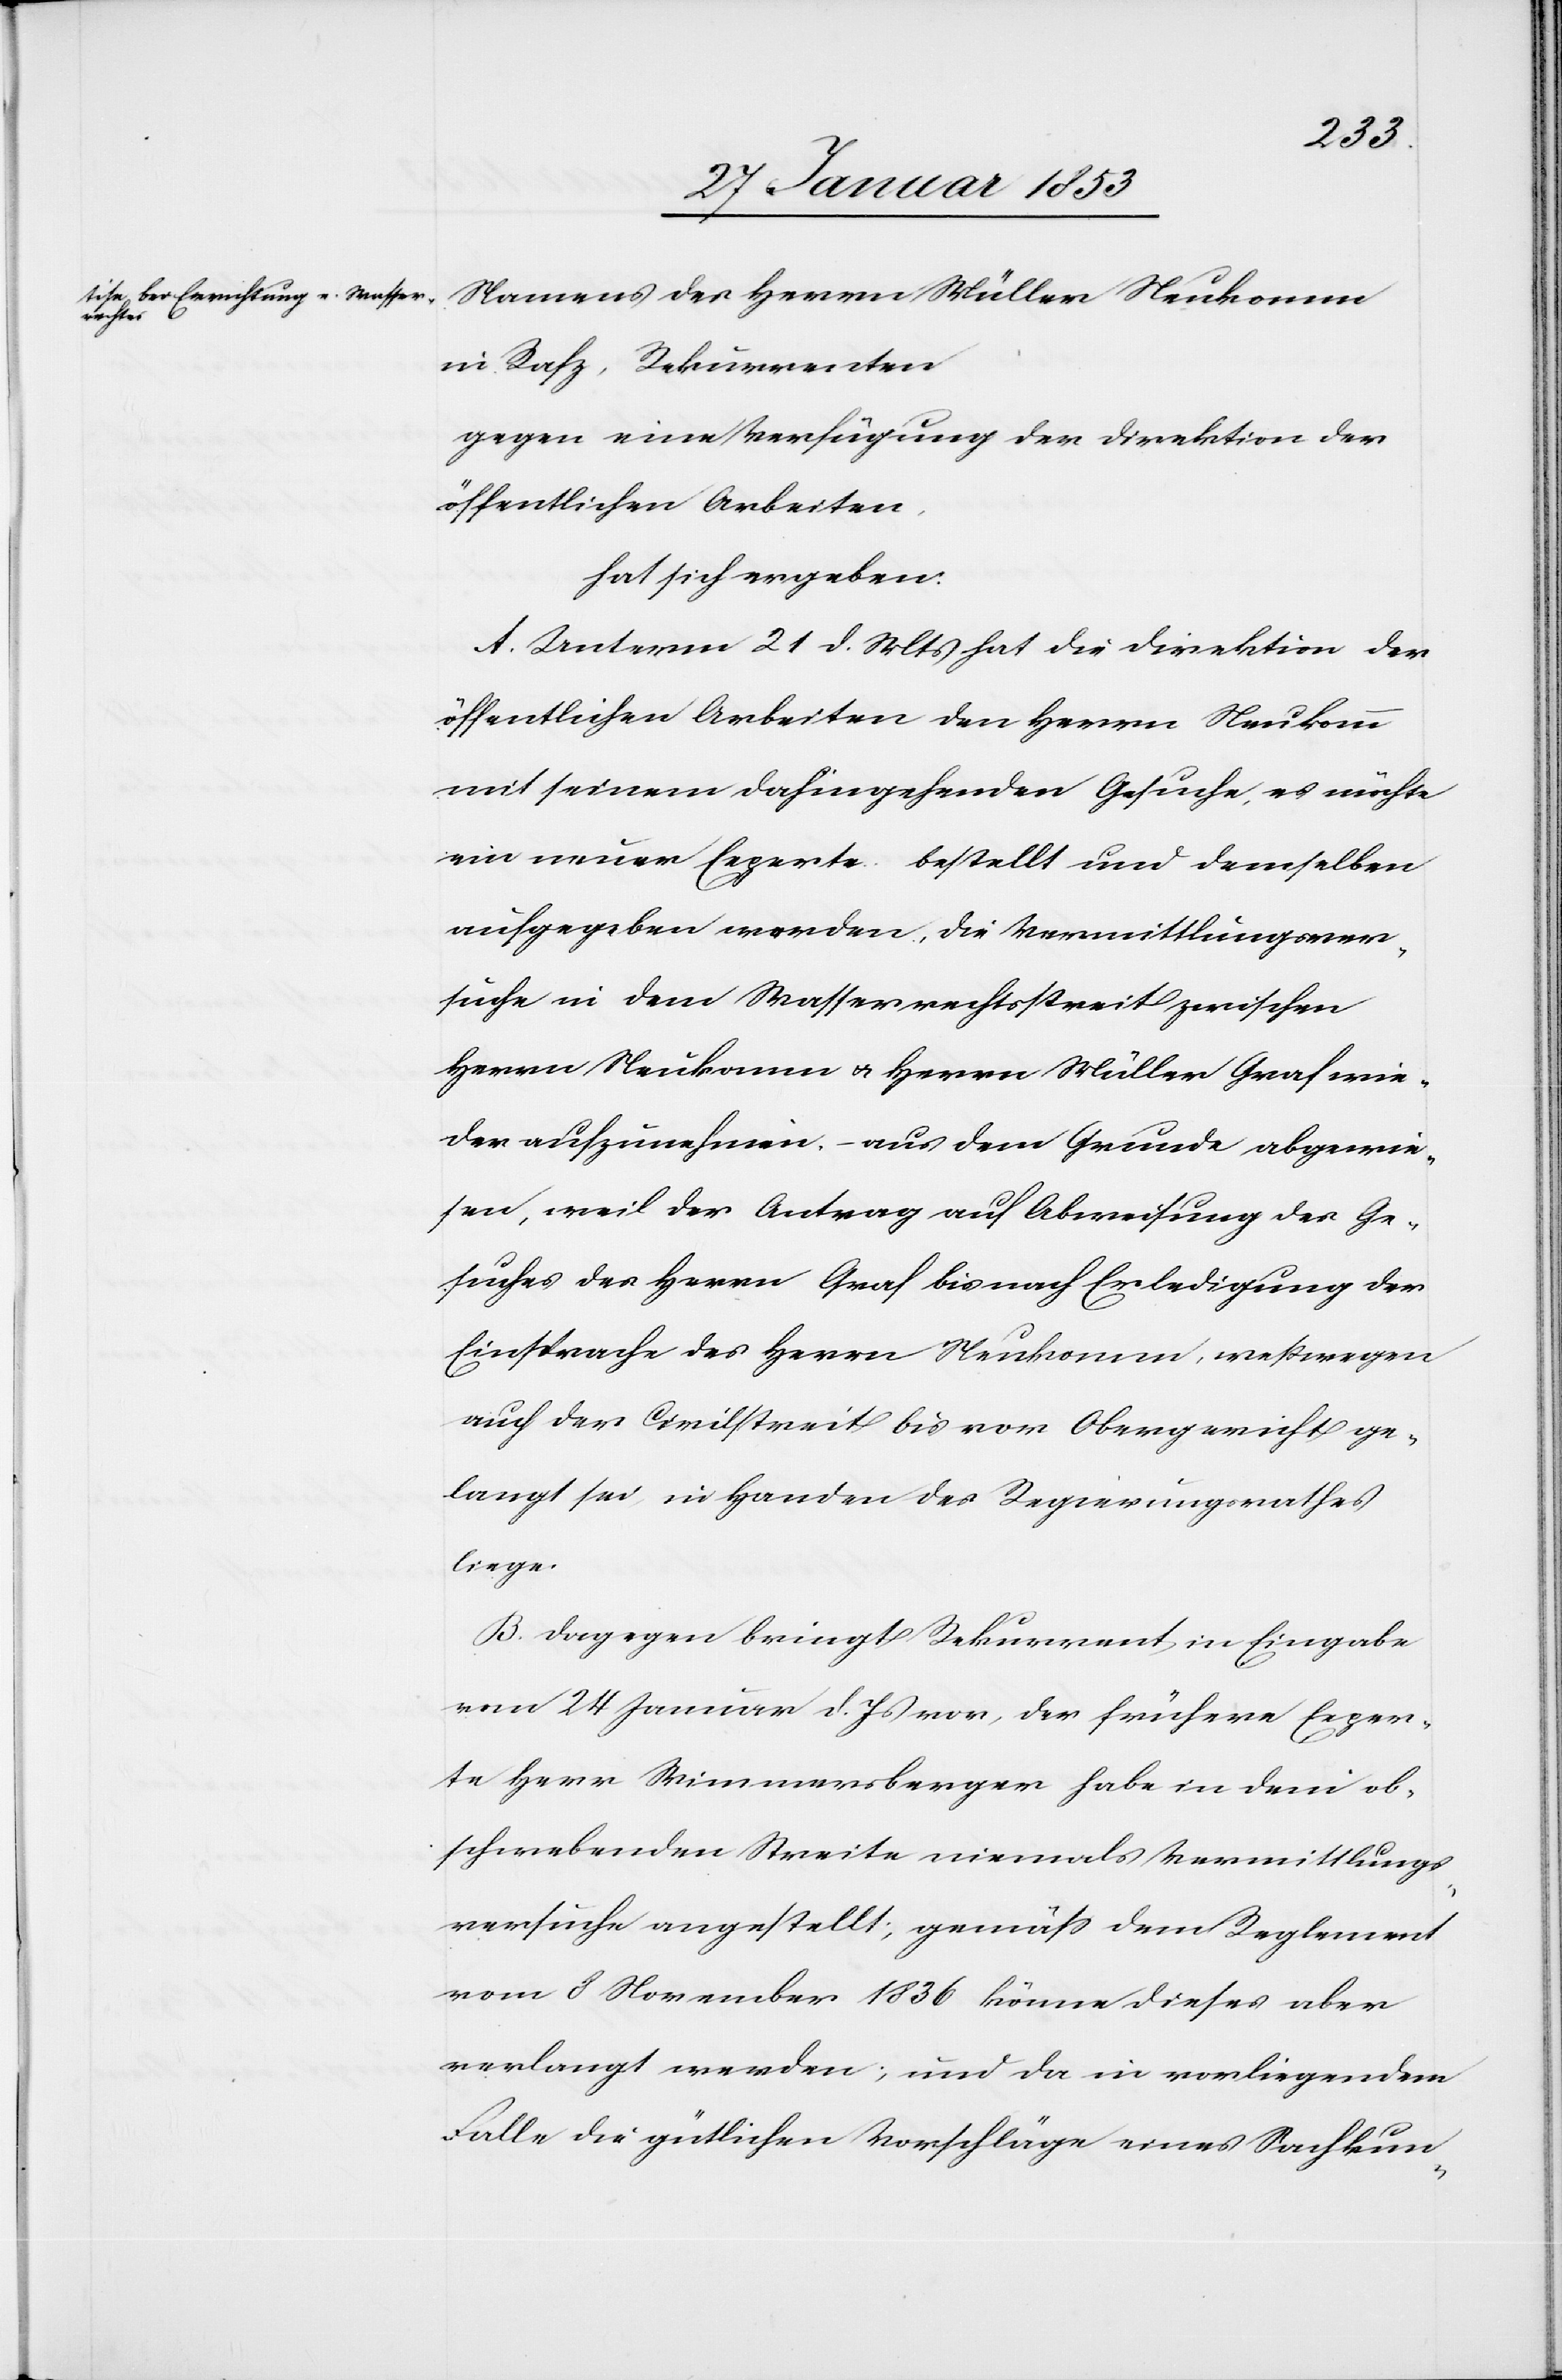
Namens des Herrn Müller Neukomm
in Rafz, Rekurrenten
gegen eine Verfügung der Direktion der
öffentlichen Arbeiten,
hat sich ergeben:
A. Unterm 21 d. Mts. hat die Direktion der
öffentlichen Arbeiten den Herrn Neukomm
mit seinem dahingehenden Gesuche, es möchte
ein neuer Experte bestellt und demselben
aufgegeben werden, die Vermittlungsver¬
suche in dem Wasserrechtsstreit zwischen
Herrn Neukomm u. Herrn Müller Graf wie¬
der aufzunehmen. – aus dem Grunde abgewie¬
sen, weil der Antrag auf Abweisung des Ge¬
suches des Herrn Graf bis nach Erledigung der
Einsprache des Herrn Neukomm, weßwegen
auch der Civilstreit bis vors Obergericht ge¬
langt sei, in Handen des Regierungsrathes
liege.
B. Dagegen bringt Rekurrent in Eingabe
vom 24 Januar d. Js. vor, der frühere Exper¬
te Herr Wimmersberger habe in dem ob¬
schwebenden Streite niemals Vermittlungs¬
versuche angestellt, gemäß dem Reglement
vom 8 November 1836 könne dieses aber
verlangt werden, und da in vorliegendem
Falle die gütlichen Vorschläge eines Sachkun-